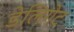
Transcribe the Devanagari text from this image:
डेलिगेट